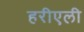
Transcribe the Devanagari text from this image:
हरीएली